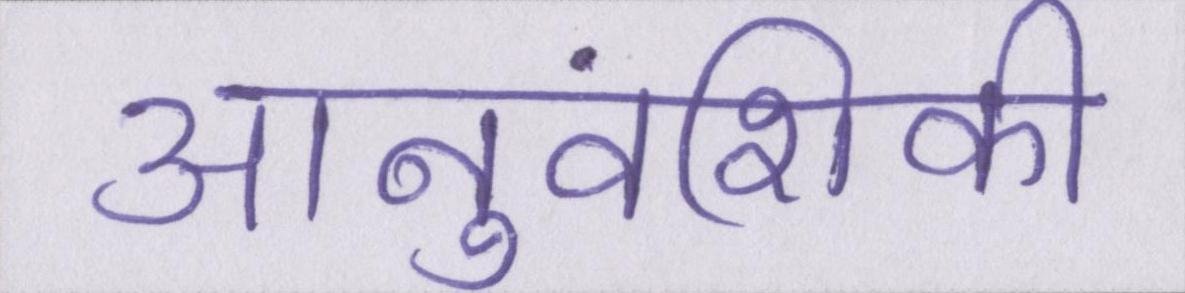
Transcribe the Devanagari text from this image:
आनुवंशिकी